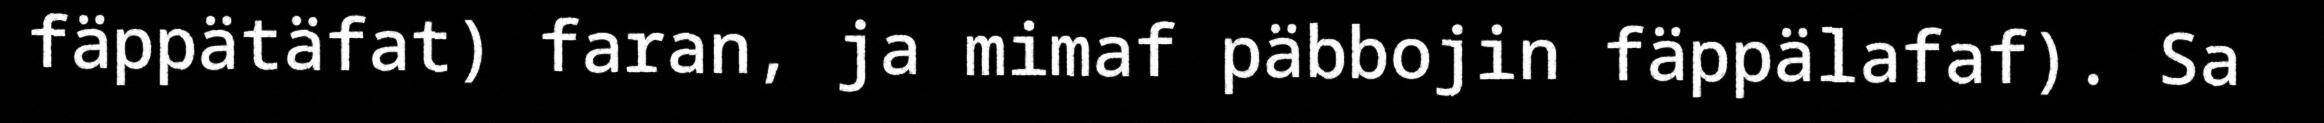
fäppätäfat) faran, ja mimaf päbbojin fäppälafaf). Sa